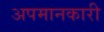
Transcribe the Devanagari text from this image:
अपमानकारी